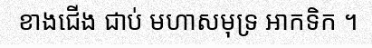
ខាងជើង ជាប់ មហាសមុទ្រ អាកទិក ។